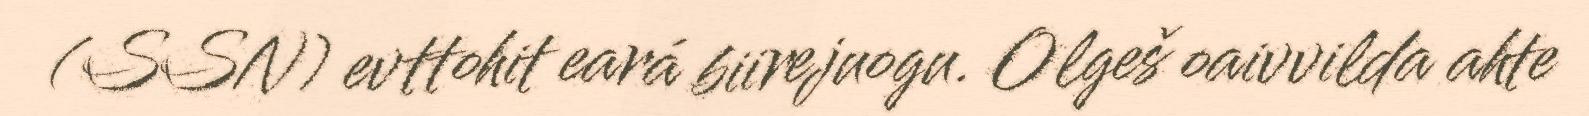
(SSN) evttohit eará biirejuogu. Olgeš oaivvilda ahte